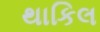
થાકિલ